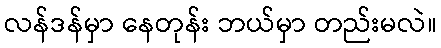
လန်ဒန်မှာ နေတုန်း ဘယ်မှာ တည်းမလဲ။